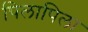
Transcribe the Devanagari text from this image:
पिलापिला